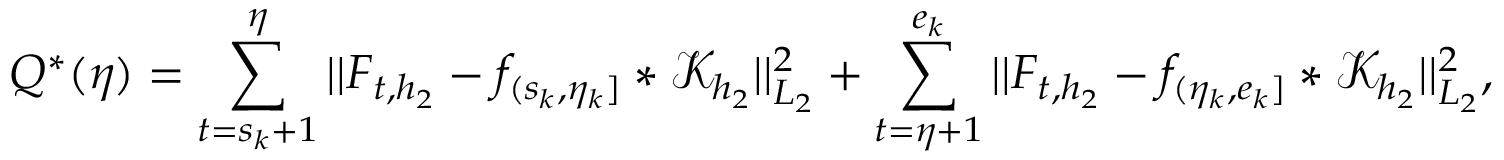
Q ^ { * } ( \eta ) = \sum _ { t = s _ { k } + 1 } ^ { \eta } \vert \vert F _ { t , h _ { 2 } } - f _ { ( s _ { k } , \eta _ { k } ] } \ast \mathcal { K } _ { h _ { 2 } } \vert \vert _ { L _ { 2 } } ^ { 2 } + \sum _ { t = \eta + 1 } ^ { e _ { k } } \vert \vert F _ { t , h _ { 2 } } - f _ { ( \eta _ { k } , e _ { k } ] } \ast \mathcal { K } _ { h _ { 2 } } \vert \vert _ { L _ { 2 } } ^ { 2 } ,